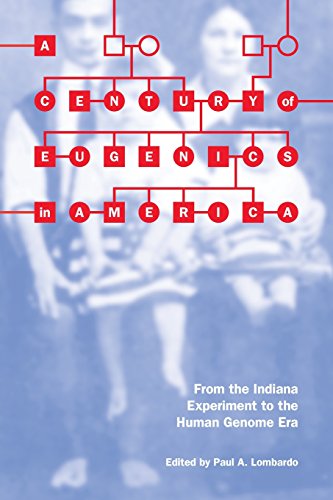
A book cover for A Century of Eugenics in America: From the Indiana Experiment to the Human Genome Era (Bioethics and the Humanities); Law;